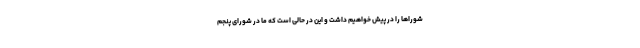
شوراها را در پیش خواهیم داشت و این در حالی است که ما در شورای پنجم